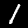
Digit: 1